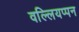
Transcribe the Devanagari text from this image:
वल्लियप्पन